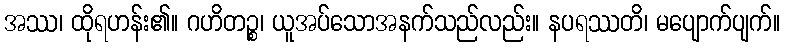
အဿ၊ ထိုရဟန်း၏။ ဂဟိတဉ္စ၊ ယူအပ်သောအနက်သည်လည်း။ နပရဿတိ၊ မပျောက်ပျက်။